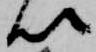
以